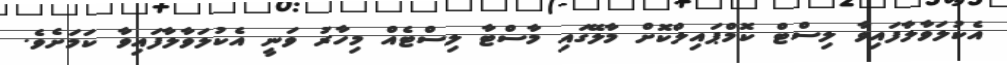
އެކުލަވާލާފައިވާ ލިސްޓް ކޮމްޕައިލްކޮށް މާލޭގައި މާސްޓާ ލިސްޓެއް މިހާރު ވަނީ އެކުލަވާލާފައިވާ ކަމަށެވެ.